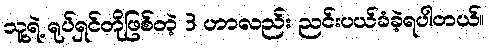
သူ့ရဲ့ ရုပ်ရှင်တိုဖြစ်တဲ့ 3 ဟာလည်း ညင်းပယ်ခံခဲ့ရပါတယ်။